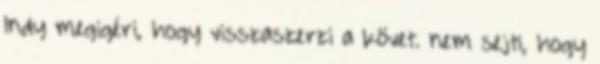
Indy megigéri, hogy visszaszerzi a követ. nem sejti, hogy